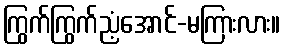
ကြွက်ကြွက်ညံ့အောင်-မကြားလား။